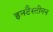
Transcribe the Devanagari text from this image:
इनटैस्टीनन